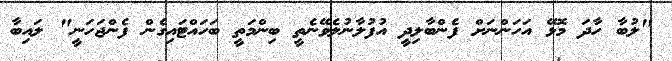
"ލުބާ ހާދަ މޮޅޭ އަހަންނަށް ފެންބާލިދީ އުފުލާނުލެވޭނެތީ ބިންމަތީ ބަހައްޓައިގެން ފެންޖަހަނީ" ލައިބާ